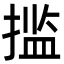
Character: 㨫